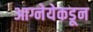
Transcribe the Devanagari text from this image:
आग्नेयेकडून